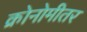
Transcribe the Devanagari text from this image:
क्रोनोमीतर